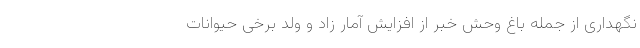
نگهداری از جمله باغ وحش خبر از افزایش آمار زاد و ولد برخی حیوانات